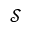
\mathcal { S }